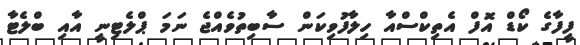
ފީފާގެ ކޯޑް އޮފް އެތިކްސްއާ ހިލާފުވިކަން ސާބިތުވެއްޖެ ނަމަ ޕްލެޓިނީ އާއި ބްލެޓާ